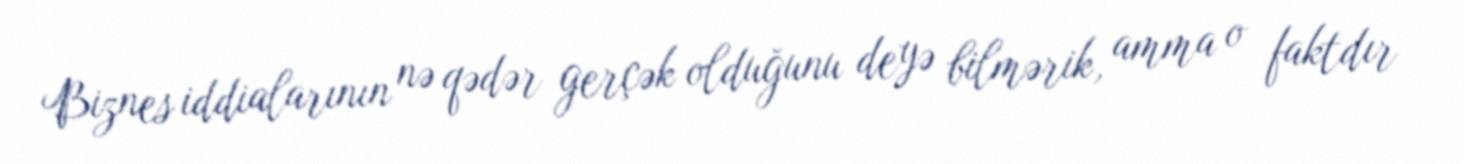
Biznes iddialarının nə qədər gerçək olduğunu deyə bilmərik, amma o faktdır